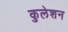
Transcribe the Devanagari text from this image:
कुलेशन